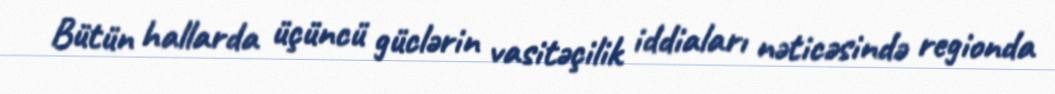
Bütün hallarda üçüncü güclərin vasitəçilik iddiaları nəticəsində regionda